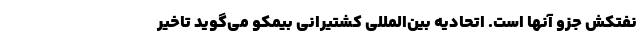
نفتکش جزو آنها است. اتحادیه بین‌المللی کشتیرانی بیمکو می‌گوید تاخیر